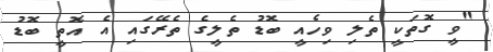
"ވީ ގޮތަކީ ތެލި ވިހެއީ ބޮޑު ތެލީގެ ތެރޭގައި އެ އޮތީ ބޮޑު